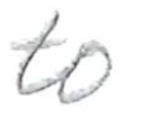
Text: to
Cross-out: clean
Writing tool: pencil